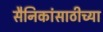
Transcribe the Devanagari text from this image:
सैनिकांसाठीच्या